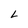
Character: L